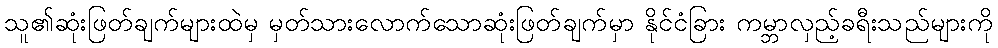
သူ၏ဆုံးဖြတ်ချက်များထဲမှ မှတ်သားလောက်သောဆုံးဖြတ်ချက်မှာ နိုင်ငံခြား ကမ္ဘာလှည့်ခရီးသည်များကို